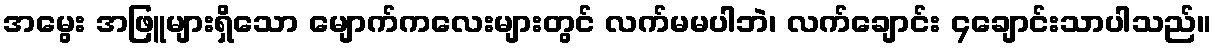
အမွေး အဖြူများရှိသော မျောက်ကလေးများတွင် လက်မမပါဘဲ၊ လက်ချောင်း ၄ချောင်းသာပါသည်။